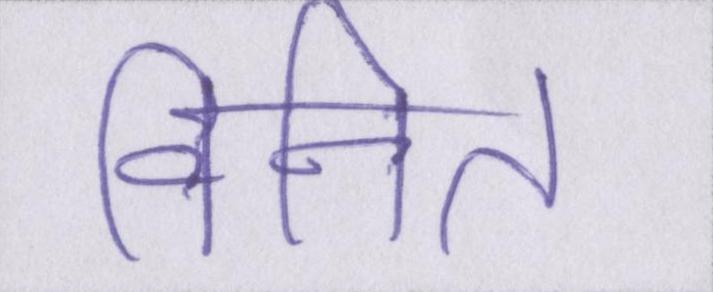
विनित